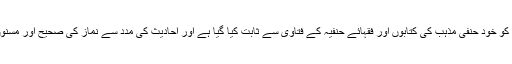
جس میں اہل حدیث نماز کے تمام مسائل کو خود حنفی مذہب کی کتابوں اور فقہائے حنفیہ کے فتاویٰ سے ثابت کیا گیا ہے اور احادیث کی مدد سے نماز کی صحیح اور مسنون صورت کی تصویر کشی کی گئی ہے۔